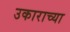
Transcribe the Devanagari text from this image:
उकाराच्या